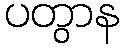
ပတွာန